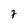
Character: 7